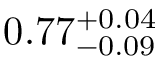
0 . 7 7 _ { - 0 . 0 9 } ^ { + 0 . 0 4 }